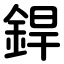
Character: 銲